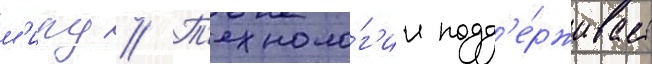
м'иру // Т'ехноло́г'ии подд'е́рживает